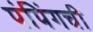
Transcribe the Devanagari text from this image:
पंपिंगची